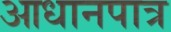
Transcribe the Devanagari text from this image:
आधानपात्र